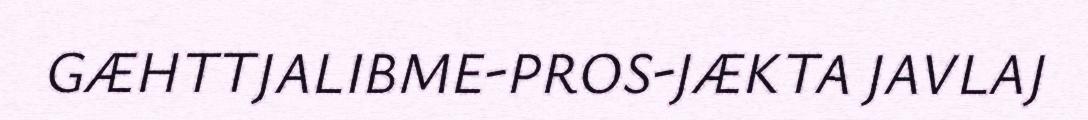
GÆHTTJALIBME-PROS-JÆKTA JAVLAJ